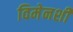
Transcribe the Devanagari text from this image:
विमेनशी